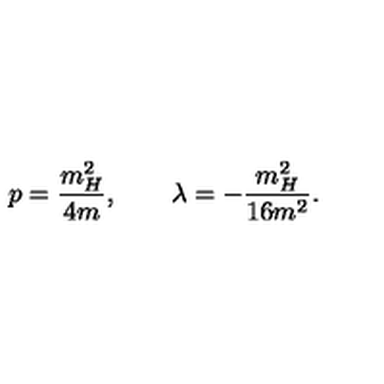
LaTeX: p = \frac { m _ { H } ^ { 2 } } { 4 m } , \quad \quad \lambda = - \frac { m _ { H } ^ { 2 } } { 1 6 m ^ { 2 } } .